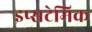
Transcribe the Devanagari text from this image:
इप्सटेमिक